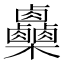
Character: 𣡼